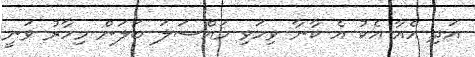
އަދި އެއާ އެކު އެ ކާނާ ވިހަވި މައްސަލަ ބަލަން މިހާރު ވަނީ